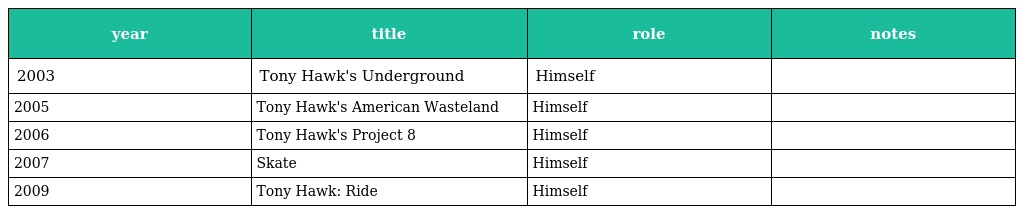
| year | title | role | notes |
 | --- | --- | --- | --- |
 | 2003 | Tony Hawk's Underground | Himself |  |
 | 2005 | Tony Hawk's American Wasteland | Himself |  |
 | 2006 | Tony Hawk's Project 8 | Himself |  |
 | 2007 | Skate | Himself |  |
 | 2009 | Tony Hawk: Ride | Himself |  |